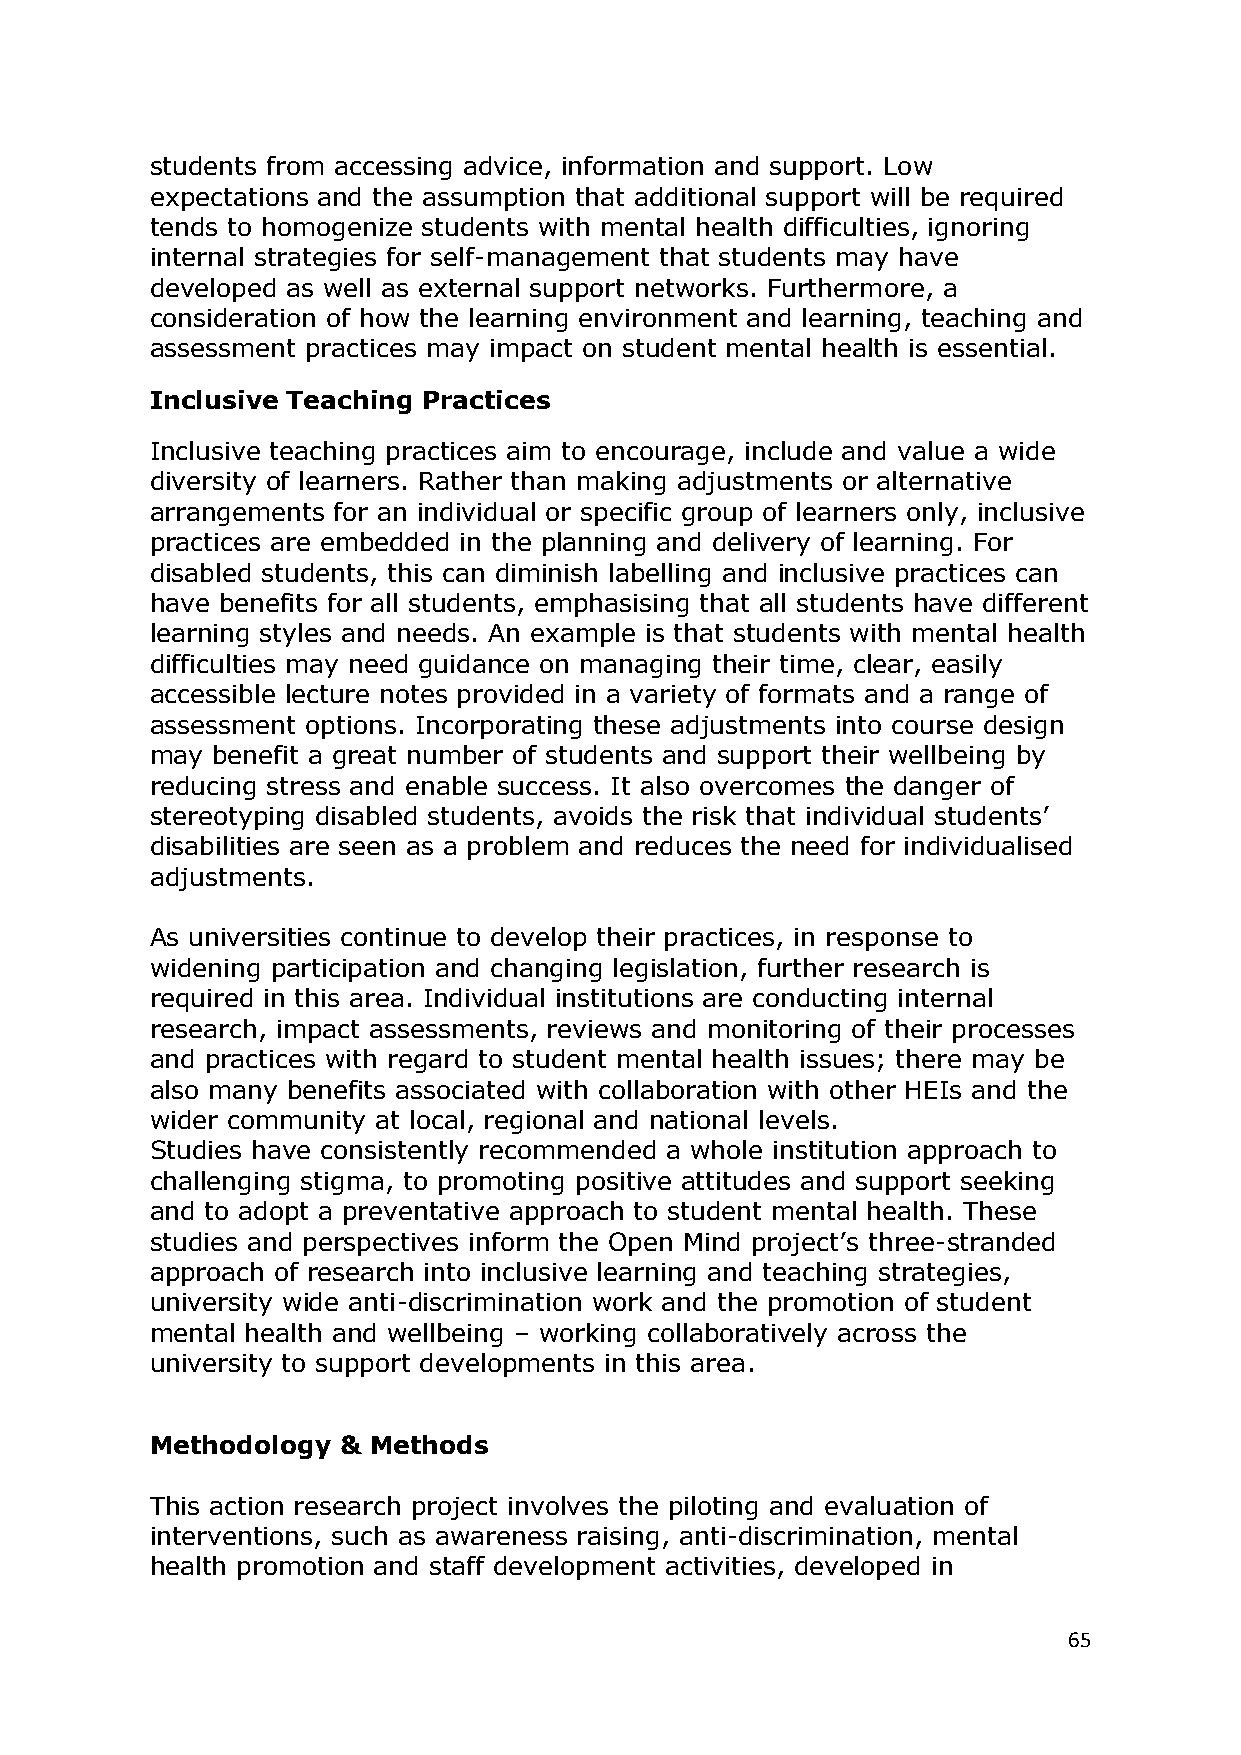
students from accessing advice, information and support. Low
 expectations and the assumption that additional support will be required
 tends to homogenize students with mental health difficulties, ignoring
 internal strategies for self-management that students may have
 developed as well as external support networks. Furthermore, a
 consideration of how the learning environment and learning, teaching and
 assessment practices may impact on student mental health is essential.
 Inclusive Teaching Practices
 Inclusive teaching practices aim to encourage, include and value a wide
 diversity of learners. Rather than making adjustments or alternative
 arrangements for an individual or specific group of learners only, inclusive
 practices are embedded in the planning and delivery of learning. For
 disabled students, this can diminish labelling and inclusive practices can
 have benefits for all students, emphasising that all students have different
 learning styles and needs. An example is that students with mental health
 difficulties may need guidance on managing their time, clear, easily
 accessible lecture notes provided in a variety of formats and a range of
 assessment options. Incorporating these adjustments into course design
 may benefit a great number of students and support their wellbeing by
 reducing stress and enable success. It also overcomes the danger of
 stereotyping disabled students, avoids the risk that individual students‘
 disabilities are seen as a problem and reduces the need for individualised
 adjustments.
 As universities continue to develop their practices, in response to
 widening participation and changing legislation, further research is
 required in this area. Individual institutions are conducting internal
 research, impact assessments, reviews and monitoring of their processes
 and practices with regard to student mental health issues; there may be
 also many benefits associated with collaboration with other HEIs and the
 wider community at local, regional and national levels.
 Studies have consistently recommended a whole institution approach to
 challenging stigma, to promoting positive attitudes and support seeking
 and to adopt a preventative approach to student mental health. These
 studies and perspectives inform the Open Mind project‘s three-stranded
 approach of research into inclusive learning and teaching strategies,
 university wide anti-discrimination work and the promotion of student
 mental health and wellbeing – working collaboratively across the
 university to support developments in this area.
 Methodology & Methods
 This action research project involves the piloting and evaluation of
 interventions, such as awareness raising, anti-discrimination, mental
 health promotion and staff development activities, developed in
 65